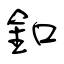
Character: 釦